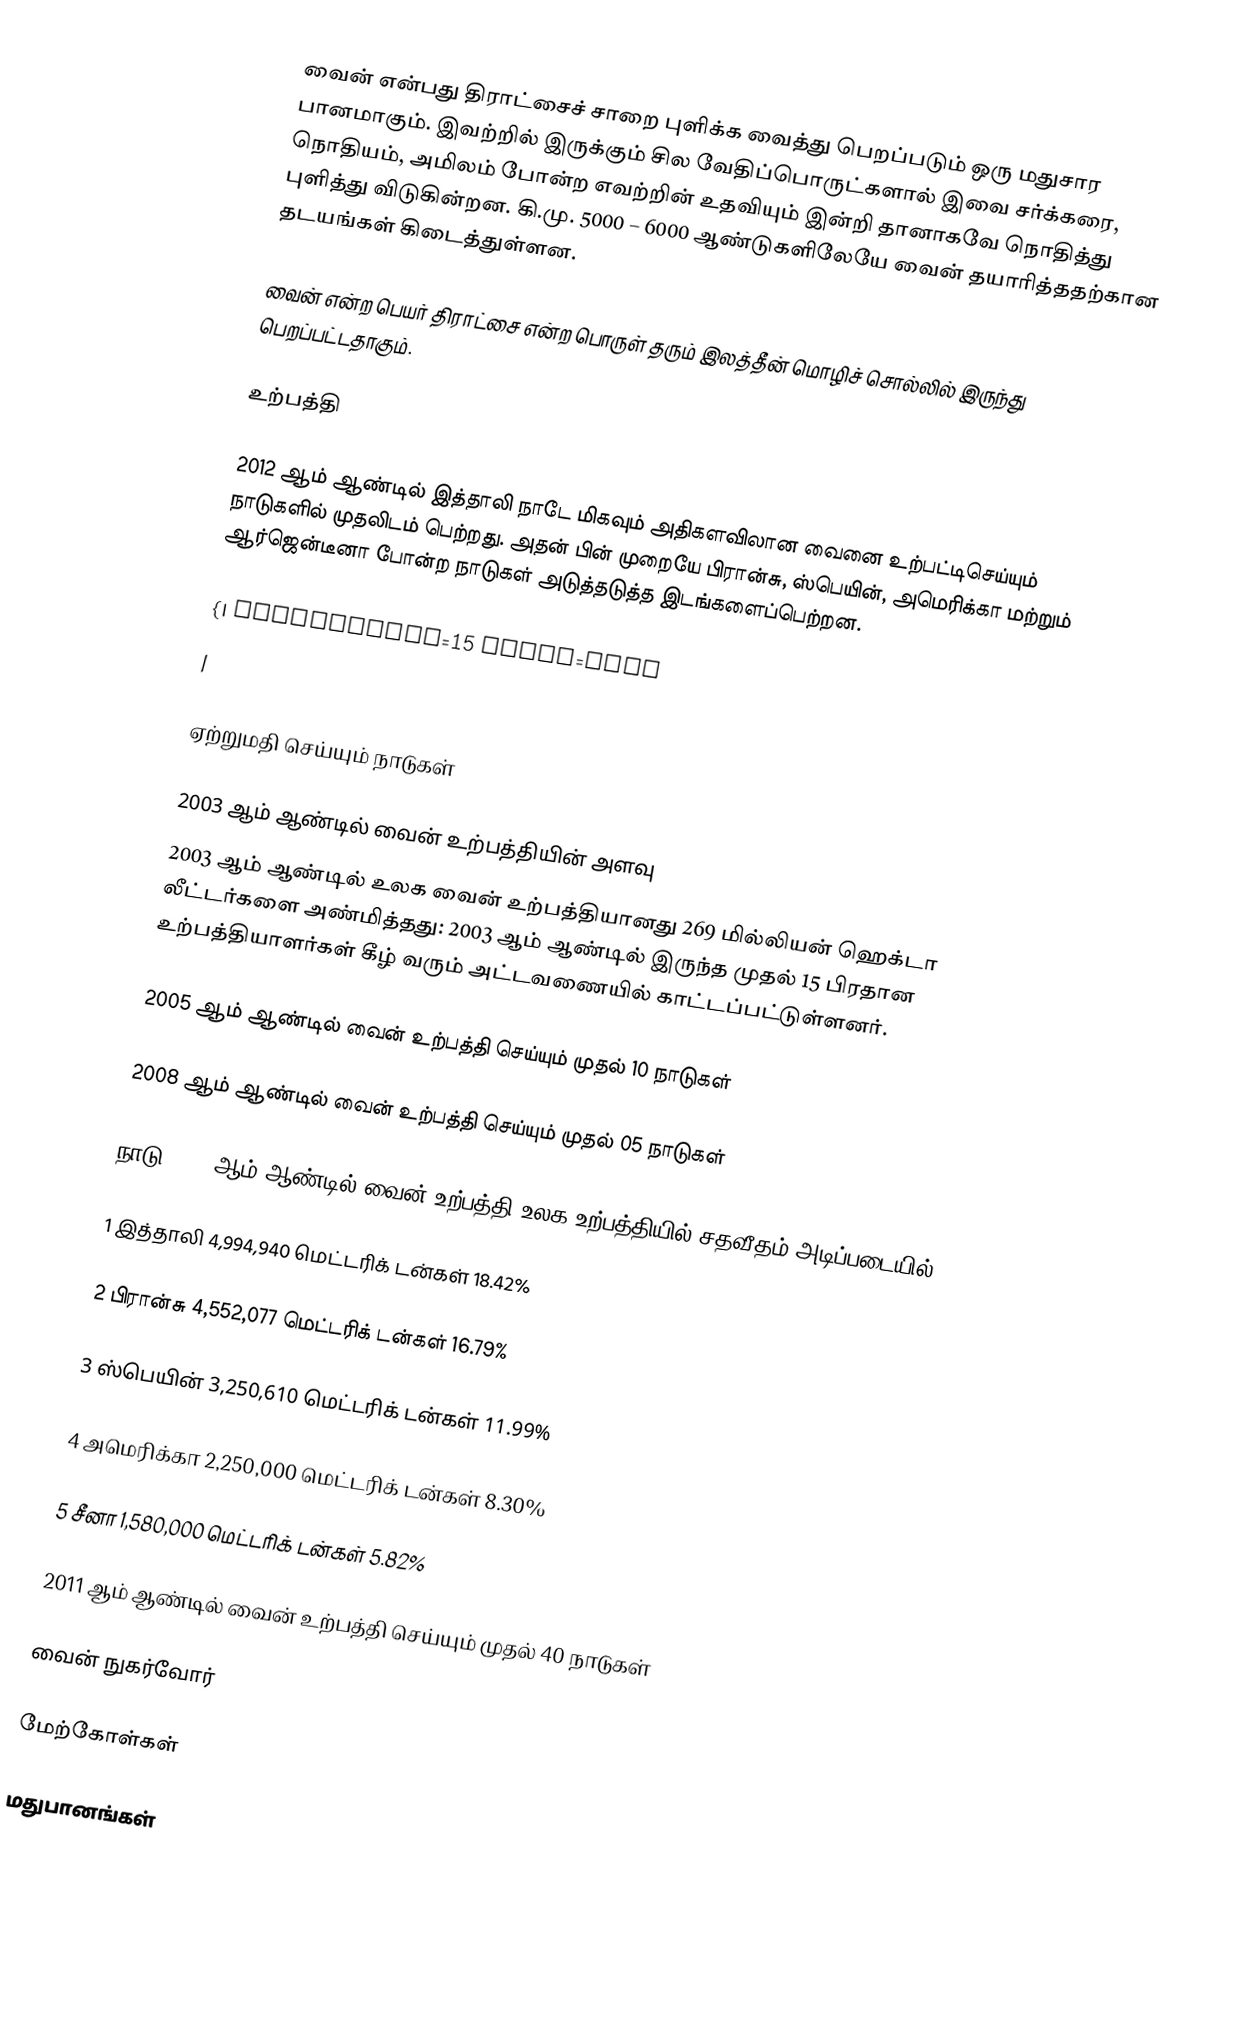
வைன் என்பது திராட்சைச் சாறை புளிக்க வைத்து பெறப்படும் ஒரு மதுசார பானமாகும். இவற்றில் இருக்கும் சில வேதிப்பொருட்களால் இவை சர்க்கரை, நொதியம், அமிலம் போன்ற எவற்றின் உதவியும் இன்றி தானாகவே நொதித்து புளித்து விடுகின்றன. கி.மு. 5000 – 6000 ஆண்டுகளிலேயே வைன் தயாரித்ததற்கான தடயங்கள் கிடைத்துள்ளன.

வைன் என்ற பெயர் திராட்சை என்ற பொருள் தரும் இலத்தீன் மொழிச் சொல்லில் இருந்து பெறப்பட்டதாகும்.

உற்பத்தி

2012 ஆம் ஆண்டில் இத்தாலி நாடே மிகவும் அதிகளவிலான வைனை உற்பட்டிசெய்யும் நாடுகளில் முதலிடம் பெற்றது. அதன் பின் முறையே பிரான்சு, ஸ்பெயின், அமெரிக்கா மற்றும் ஆர்ஜென்டீனா போன்ற நாடுகள் அடுத்தடுத்த இடங்களைப்பெற்றன.

{| cellpadding=15 align=left
|

ஏற்றுமதி செய்யும் நாடுகள்

2003 ஆம் ஆண்டில் வைன் உற்பத்தியின் அளவு
2003 ஆம் ஆண்டில் உலக வைன் உற்பத்தியானது 269 மில்லியன் ஹெக்டா லீட்டர்களை அண்மித்தது: 2003 ஆம் ஆண்டில் இருந்த முதல் 15 பிரதான உற்பத்தியாளர்கள் கீழ் வரும் அட்டவணையில் காட்டப்பட்டுள்ளனர்.

2005 ஆம் ஆண்டில் வைன் உற்பத்தி செய்யும் முதல் 10 நாடுகள்

2008 ஆம் ஆண்டில் வைன் உற்பத்தி செய்யும் முதல் 05 நாடுகள்

 நாடு          2009 ஆம் ஆண்டில் வைன் உற்பத்தி   உலக உற்பத்தியில் சதவீதம் அடிப்படையில்

1 இத்தாலி           4,994,940 மெட்டரிக் டன்கள்     18.42%

2 பிரான்சு          4,552,077 மெட்டரிக் டன்கள்     16.79%

3 ஸ்பெயின்          3,250,610 மெட்டரிக் டன்கள்     11.99%

4 அமெரிக்கா   2,250,000 மெட்டரிக் டன்கள்     8.30%

5 சீனா           1,580,000 மெட்டரிக் டன்கள்     5.82%

2011 ஆம் ஆண்டில் வைன் உற்பத்தி செய்யும் முதல் 40 நாடுகள்

வைன் நுகர்வோர்

மேற்கோள்கள்

மதுபானங்கள்